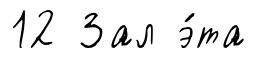
12 Зал э́та